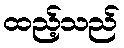
ထည့်သည်